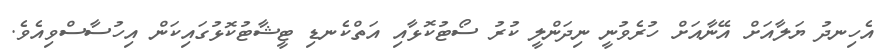
އެހިނދު ޔަލާއަށް އޭނާއަށް ހުރެވުނީ ނިދަންލީ ކުރު ސޯޓުކޮޅާއި އަތްކެނޑި ޓީޝާޓުކޮޅުގައިކަން އިހުސާސްވިއެވެ.